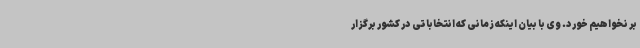
بر نخواهیم خورد. وی با بیان اینکه زمانی که انتخاباتی در کشور برگزار